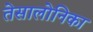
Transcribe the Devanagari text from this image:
तेसालोनिका